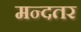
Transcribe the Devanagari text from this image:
मन्दतर